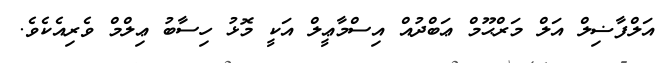
އަލްފާޟިލް އަލް މަރްޙޫމް ޢަބްދުއް އިސްމާޢީލް އަކީ މޮޅު ހިސާބު ޢިލްމް ވެރިއެކެވެ.